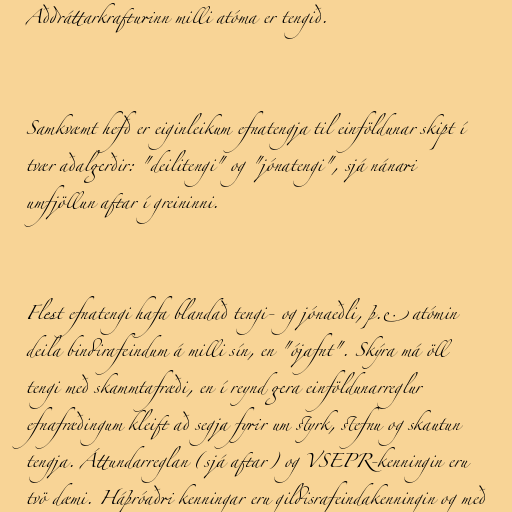
Aðdráttarkrafturinn milli atóma er tengið.

Samkvæmt hefð er eiginleikum efnatengja til einföldunar skipt í
tvær aðalgerðir: "deilitengi" og "jónatengi", sjá nánari
umfjöllun aftar í greininni.

Flest efnatengi hafa blandað tengi- og jónaeðli, þ.e. atómin
deila bindirafeindum á milli sín, en "ójafnt". Skýra má öll
tengi með skammtafræði, en í reynd gera einföldunarreglur
efnafræðingum kleift að segja fyrir um styrk, stefnu og skautun
tengja. Áttundarreglan (sjá aftar) og VSEPR-kenningin eru
tvö dæmi. Háþróaðri kenningar eru gildisrafeindakenningin og með